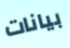
بيانات